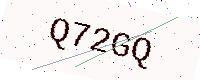
Text: Q72GQ